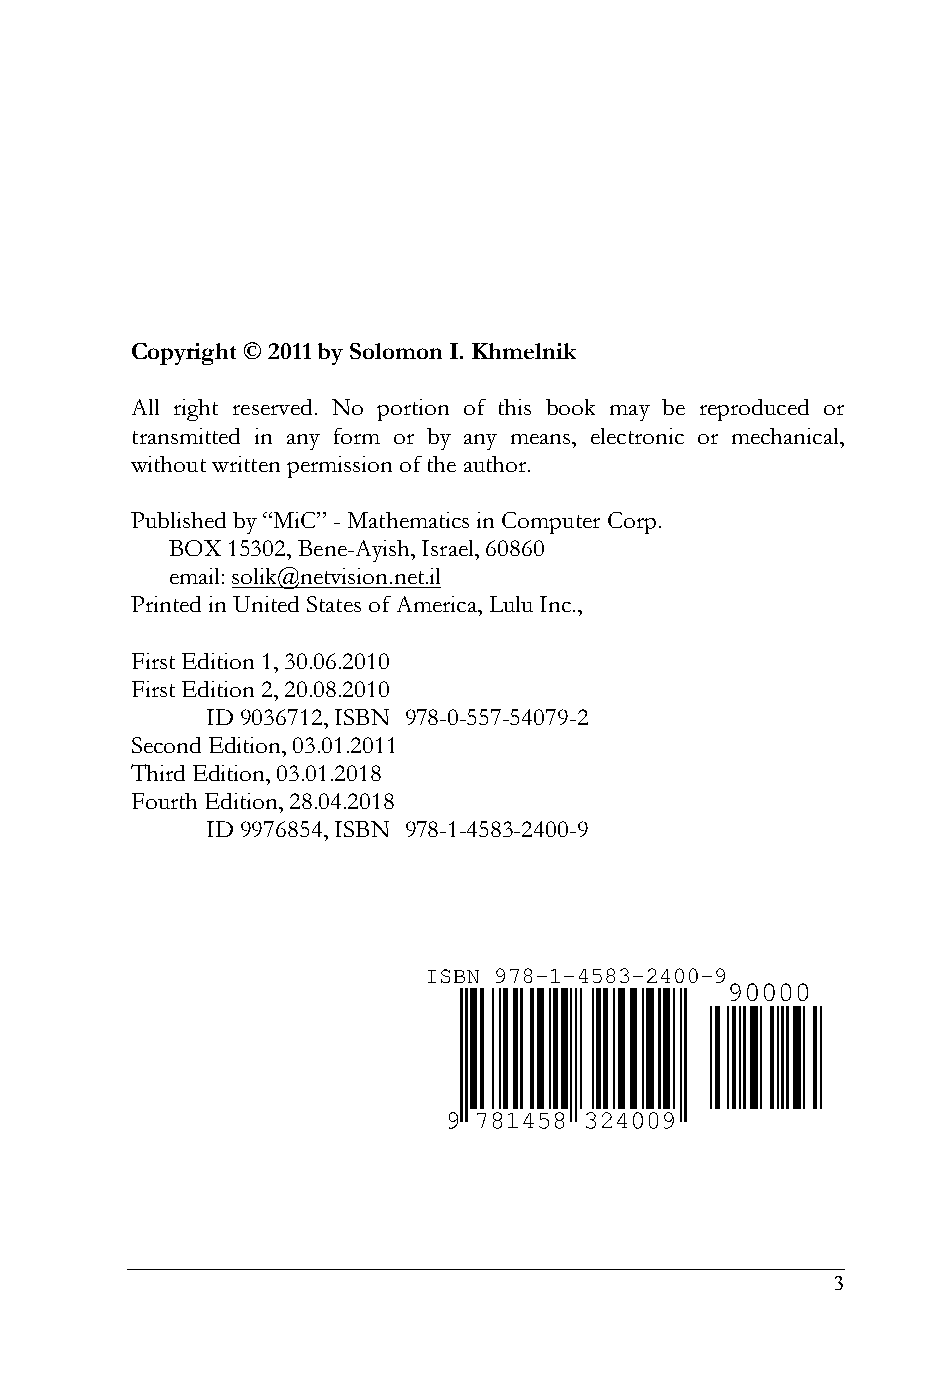
Copyright © 2011 by Solomon I. Khmelnik
 All right reserved. No portion of this book may be reproduced or
 transmitted in any form or by any means, electronic or mechanical,
 without written permission of the author.
 Published by “MiC” - Mathematics in Computer Corp.
 BOX 15302, Bene-Ayish, Israel, 60860
 email: solik@netvision.net.il
 Printed in United States of America, Lulu Inc.,
 First Edition 1, 30.06.2010
 First Edition 2, 20.08.2010
 ID 9036712, ISBN 978-0-557-54079-2
 Second Edition, 03.01.2011
 Third Edition, 03.01.2018
 Fourth Edition, 28.04.2018
 ID 9976854, ISBN 978-1-4583-2400-9
 3